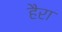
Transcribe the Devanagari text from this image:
हैरा